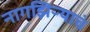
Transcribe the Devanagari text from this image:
नागझिऱ्याचं